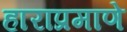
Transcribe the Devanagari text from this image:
हाराप्रमाणे